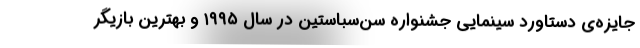
جایزه‌ی دستاورد سینمایی جشنواره سن‌سباستین در سال ۱۹۹۵ و بهترین بازیگر